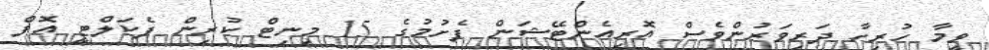
ވީމާ ހުރިހާ ދަރިވަރުންވެސް އޮރިއެންޓޭޝަން ފެށުމުގެ 15 މިނިޓް ކުރިން ފެކަލްޓީ އޮފް